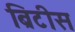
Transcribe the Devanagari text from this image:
ब्रिटीस